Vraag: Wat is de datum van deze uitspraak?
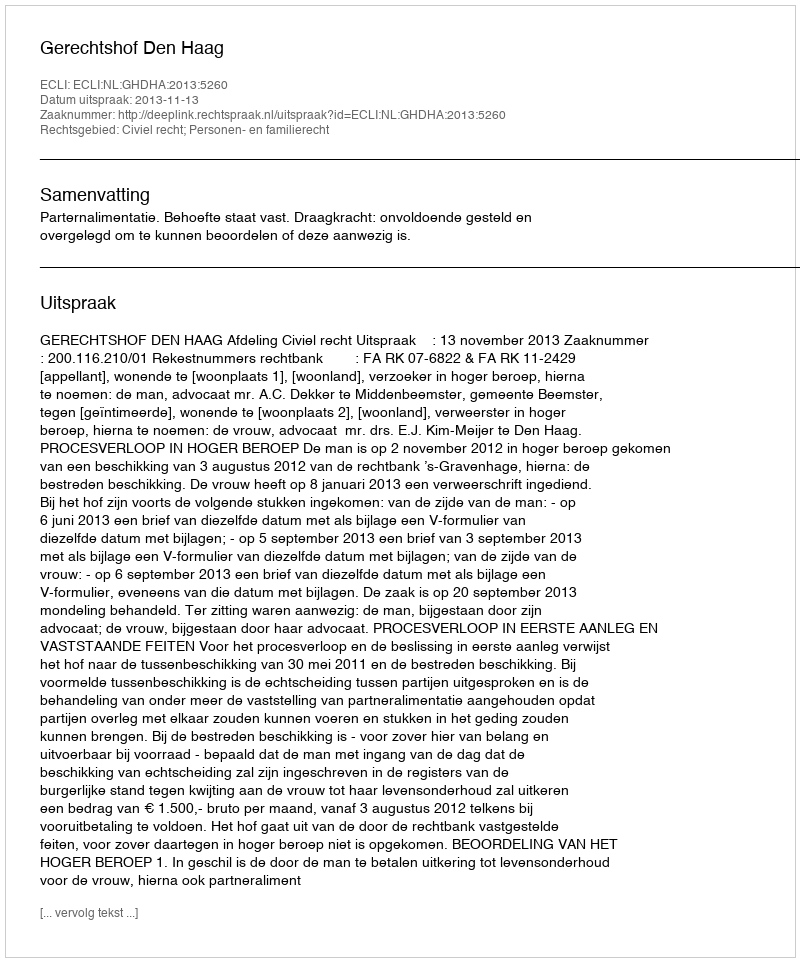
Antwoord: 2013-11-13